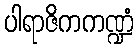
ပါရာဇိကကဏ္ဍံ